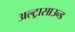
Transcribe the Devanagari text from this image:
अल्ट्रासाउन्ड